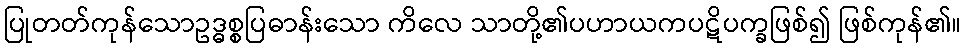
ပြုတတ်ကုန်သောဥဒ္ဓစ္စပြဓာန်းသော ကိလေ သာတို့၏ပဟာယကပဋိပက္ခဖြစ်၍ ဖြစ်ကုန်၏။